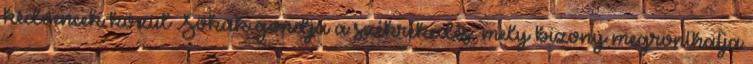
kedvencek közül Sokak gondja a székrekedés, mely bizony megronthatja